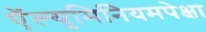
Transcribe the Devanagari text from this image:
ऍल्युमिनियमपेक्षा